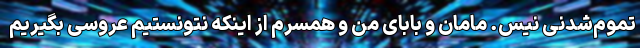
تموم‌شدنی نیس. مامان و بابای من و همسرم از اینکه نتونستیم عروسی بگیریم